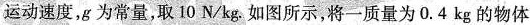
运动速度，g为常量，取10N/kg。如图所示，将一质量为0.4kg的物体